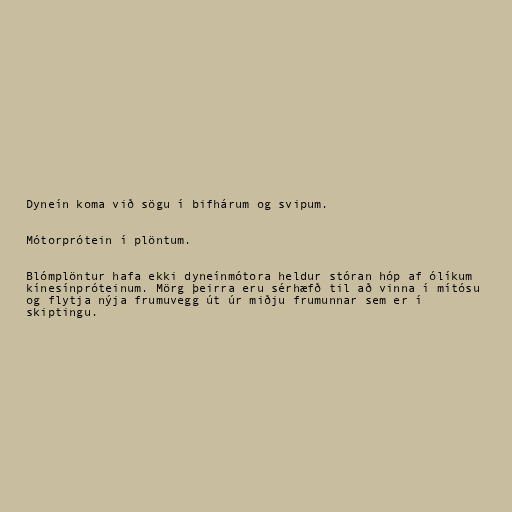
Dyneín koma við sögu í bifhárum og svipum.

Mótorprótein í plöntum.

Blómplöntur hafa ekki dyneínmótora heldur stóran hóp af ólíkum
kínesínpróteinum. Mörg þeirra eru sérhæfð til að vinna í mítósu
og flytja nýja frumuvegg út úr miðju frumunnar sem er í
skiptingu.